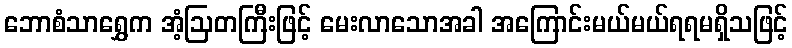
ဘောစံသာရွှေက အံ့ဩတကြီးဖြင့် မေးလာသောအခါ အကြောင်းမယ်မယ်ရရမရှိသဖြင့်